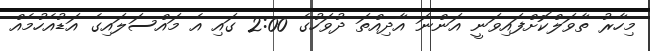
މިހާރު ތާވަލްކޮށްފައިވަނީ އަންނަ އާދިއްތަ ދުވަހުގެ 2:00 ގައި އެ މައްސަލައިގެ އަޑުއެހުމެއް